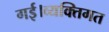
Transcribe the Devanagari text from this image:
गई।व्यक्तिगत